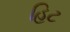
હિટ